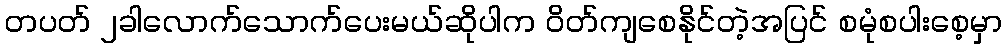
တပတ် ၂ခါလောက်သောက်ပေးမယ်ဆိုပါက ဝိတ်ကျစေနိုင်တဲ့အပြင် စမုံစပါးစေ့မှာ